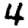
Digit: 4